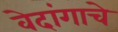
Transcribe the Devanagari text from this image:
वेदांगाचे